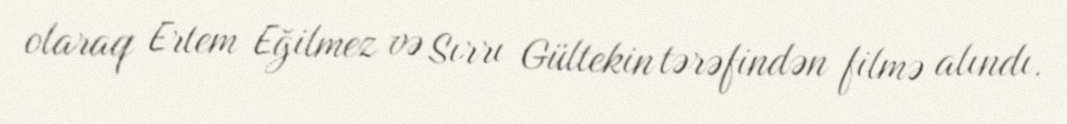
olaraq Ertem Eğilmez və Sırrı Gültekin tərəfindən filmə alındı.